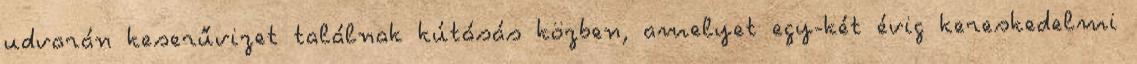
udvarán keserűvizet találnak kútásás közben, amelyet egy-két évig kereskedelmi